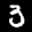
Label: 3